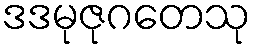
ဒဒမုဇုဂတေသု